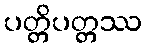
ပတ္တိပတ္တဿ